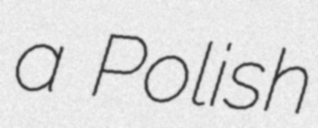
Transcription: a Polish